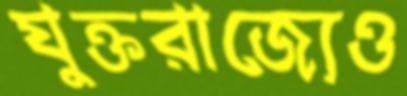
যুক্তরাজ্যেও